Annual administration report of the Civil Veterinary Department of India - 1904-1905
Year: 1904
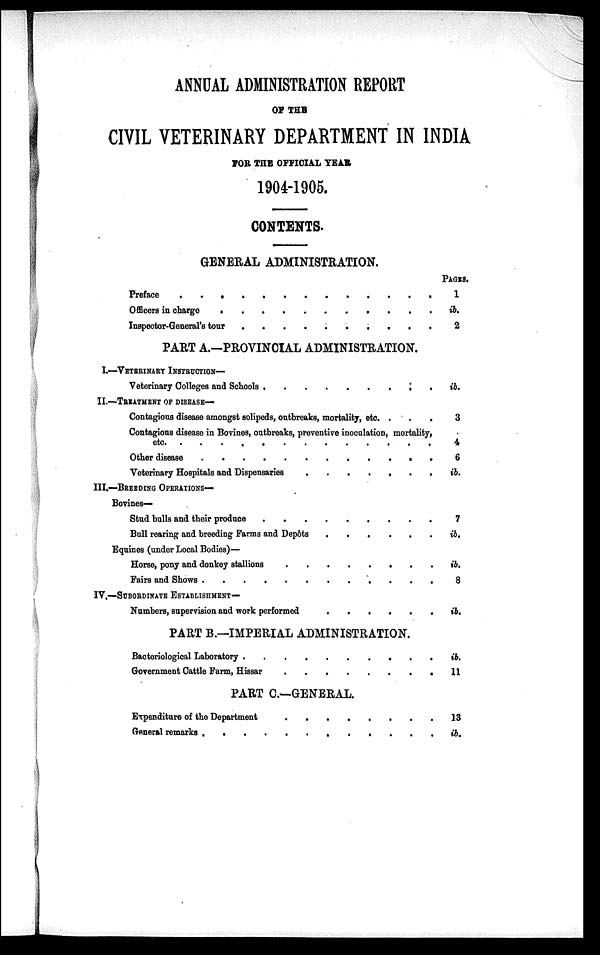
ANNUAL ADMINISTRATION REPORT
OF THE
CIVIL VETERINARY DEPARTMENT IN INDIA
FOR THE OFFICIAL YEAR
1904-1905.
CONTENTS.
GENERAL ADMINISTRATION.
Preface
.
.
.
.
.
.
.
.
.
.
.
.
.
Officers in charge . . . . . . . . .
Inspector-General's tour . . . . . . . . .
PART A.—PROVINCIAL ADMINISTRATION.
I.—VETERINARY INSTRUCTION—
Veterinary Colleges and Schools . . . . . . . . .
II.—TREATMENT OF DISEASE—
Contagious disease amongst solipeds, outbreaks, mortality, etc. .
.
.
Contagious disease in Bovines, outbreaks, preventive inoculation, mortality,
etc. . . . . . . . . .
Other disease . . . . . . . . .
Veterinary Hospitals and Dispensaries
.
.
.
.
.
.
.
III.—BREEDING OPERATIONS—
Bovines—
Stud bulls and their produce . . . . . . . . .
Bull rearing and breeding Farms and Depôts . . . . . .
Equines (under Local Bodies)—
Horse, pony and donkey stallions . . . . . .
Fairs and Shows . . . . . . . . .
IV.—SUBORDINATE
ESTABLISHMENT—
Numbers, supervision and work performed . . . . . . . . . .
PART B.—IMPERIAL ADMINISTRATION.
Bacteriological Laboratory . . . . . . . . .
Government Cattle Farm, Hissar . . . . . . . . .
PART C.—GENERAL.
Expenditure of the Department . . . . . .
General remarks . . . . . . . . .
PAGES.
1
ib.
2
ib.
3
4
6
ib.
7
ib.
ib.
8
ib.
ib.
11
13
ib.